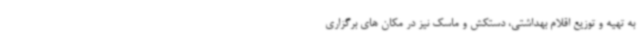
به تهیه و توزیع اقلام بهداشتی، دستکش و ماسک نیز در مکان های برگزاری